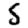
Digit: 5